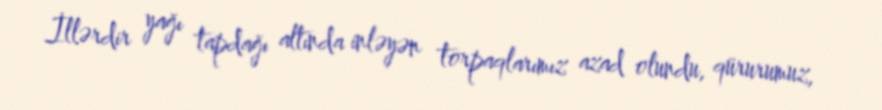
İllərdir yağı tapdağı altında inləyən torpaqlarımız azad olundu, qürurumuz,